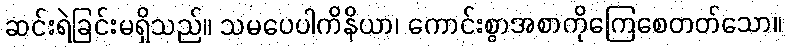
ဆင်းရဲခြင်းမရှိသည်။ သမပေပါကိနိယာ၊ ကောင်းစွာအစာကိုကြေစေတတ်သော။